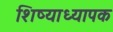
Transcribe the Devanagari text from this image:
शिष्याध्यापक